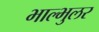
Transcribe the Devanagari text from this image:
भाल्भुलर